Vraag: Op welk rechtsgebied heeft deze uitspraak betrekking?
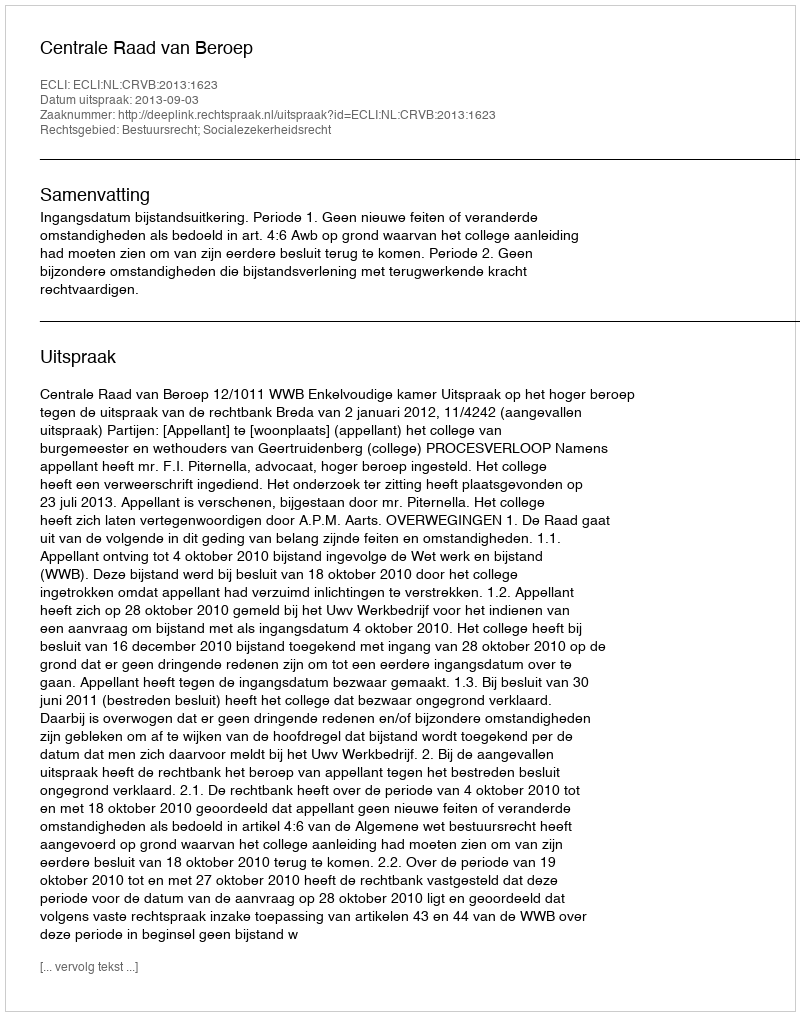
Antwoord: Bestuursrecht; Socialezekerheidsrecht